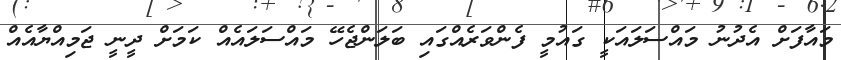
މައާފަށް އެދުނު މައްސަލައަކީ ގައުމީ ފެންވަރެއްގައި ބަލަންޖެހޭ މައްސަލައެއް ކަމަށް ދީނީ ޖަމިއްޔާއެއް